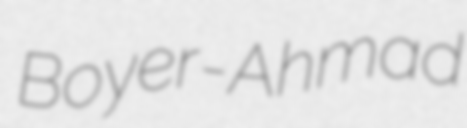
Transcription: Boyer-Ahmad